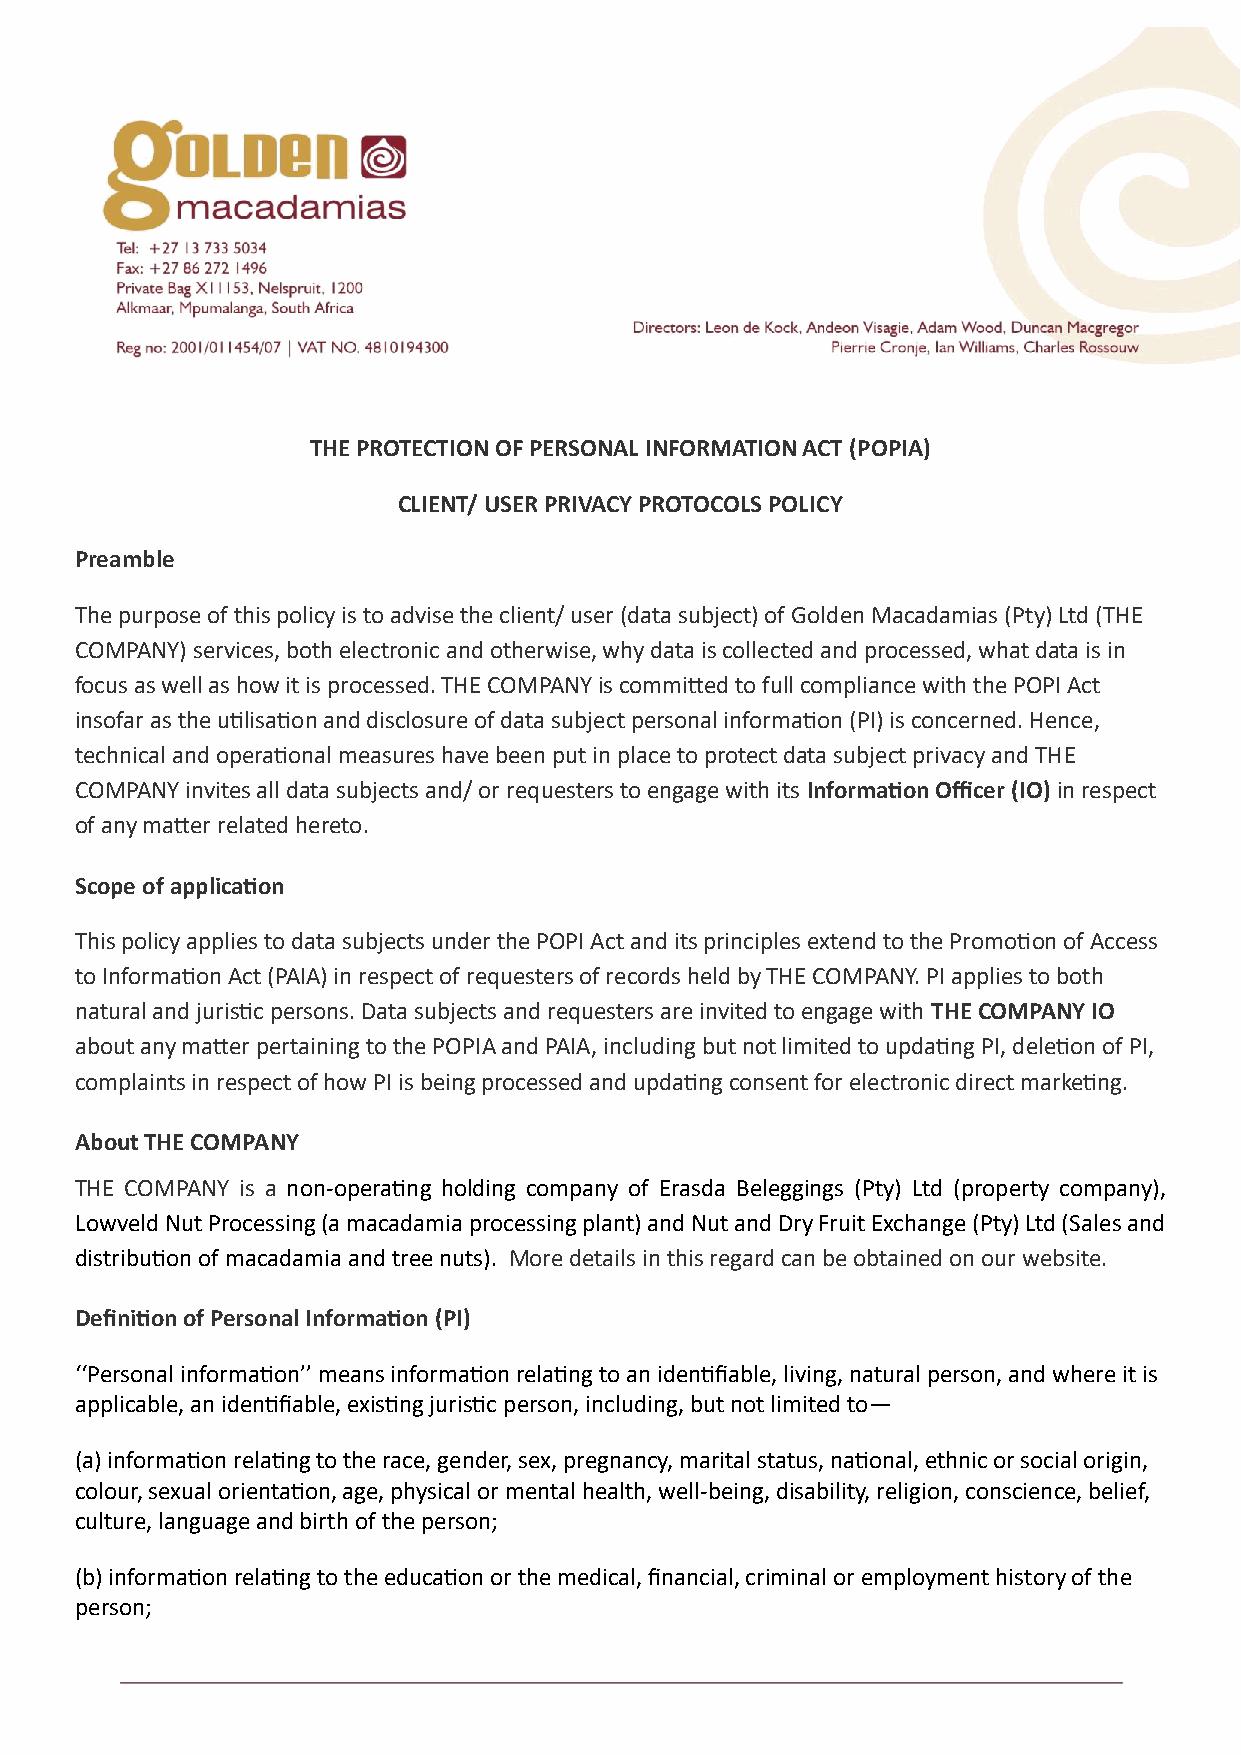
THE PROTECTION OF PERSONAL INFORMATION ACT (POPIA)
 CLIENT/ USER PRIVACY PROTOCOLS POLICY
 Preamble
 The purpose of this policy is to advise the client/ user (data subject) of Golden Macadamias (Pty) Ltd (THE
 COMPANY) services, both electronic and otherwise, why data is collected and processed, what data is in
 focus as well as how it is processed. THE COMPANY is committed to full compliance with the POPI Act
 insofar as the utilisation and disclosure of data subject personal information (PI) is concerned. Hence,
 technical and operational measures have been put in place to protect data subject privacy and THE
 COMPANY invites all data subjects and/ or requesters to engage with its Information Officer (IO) in respect
 of any matter related hereto.
 Scope of application
 This policy applies to data subjects under the POPI Act and its principles extend to the Promotion of Access
 to Information Act (PAIA) in respect of requesters of records held by THE COMPANY. PI applies to both
 natural and juristic persons. Data subjects and requesters are invited to engage with THE COMPANY IO
 about any matter pertaining to the POPIA and PAIA, including but not limited to updating PI, deletion of PI,
 complaints in respect of how PI is being processed and updating consent for electronic direct marketing.
 About THE COMPANY
 THE COMPANY is a non-operating holding company of Erasda Beleggings (Pty) Ltd (property company),
 Lowveld Nut Processing (a macadamia processing plant) and Nut and Dry Fruit Exchange (Pty) Ltd (Sales and
 distribution of macadamia and tree nuts). More details in this regard can be obtained on our website.
 Definition of Personal Information (PI)
 ‘‘Personal information’’ means information relating to an identifiable, living, natural person, and where it is
 applicable, an identifiable, existing juristic person, including, but not limited to—
 (a) information relating to the race, gender, sex, pregnancy, marital status, national, ethnic or social origin,
 colour, sexual orientation, age, physical or mental health, well-being, disability, religion, conscience, belief,
 culture, language and birth of the person;
 (b) information relating to the education or the medical, financial, criminal or employment history of the
 person;